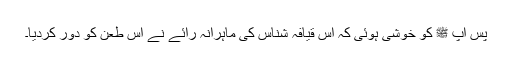
پس آپ ﷺ کو خوشی ہوئی کہ اس قیافہ شناس کی ماہرانہ رائے نے اس طعن کو دور کردیا۔